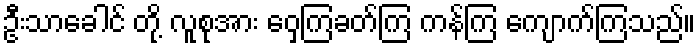
ဦးသာခေါင် တို့ လူစုအား ဝှေ့ကြခတ်ကြ ကန်ကြ ကျောက်ကြသည်။